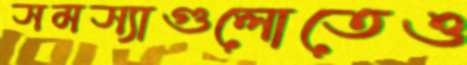
সমস্যাগুলোতেও